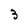
Character: 3